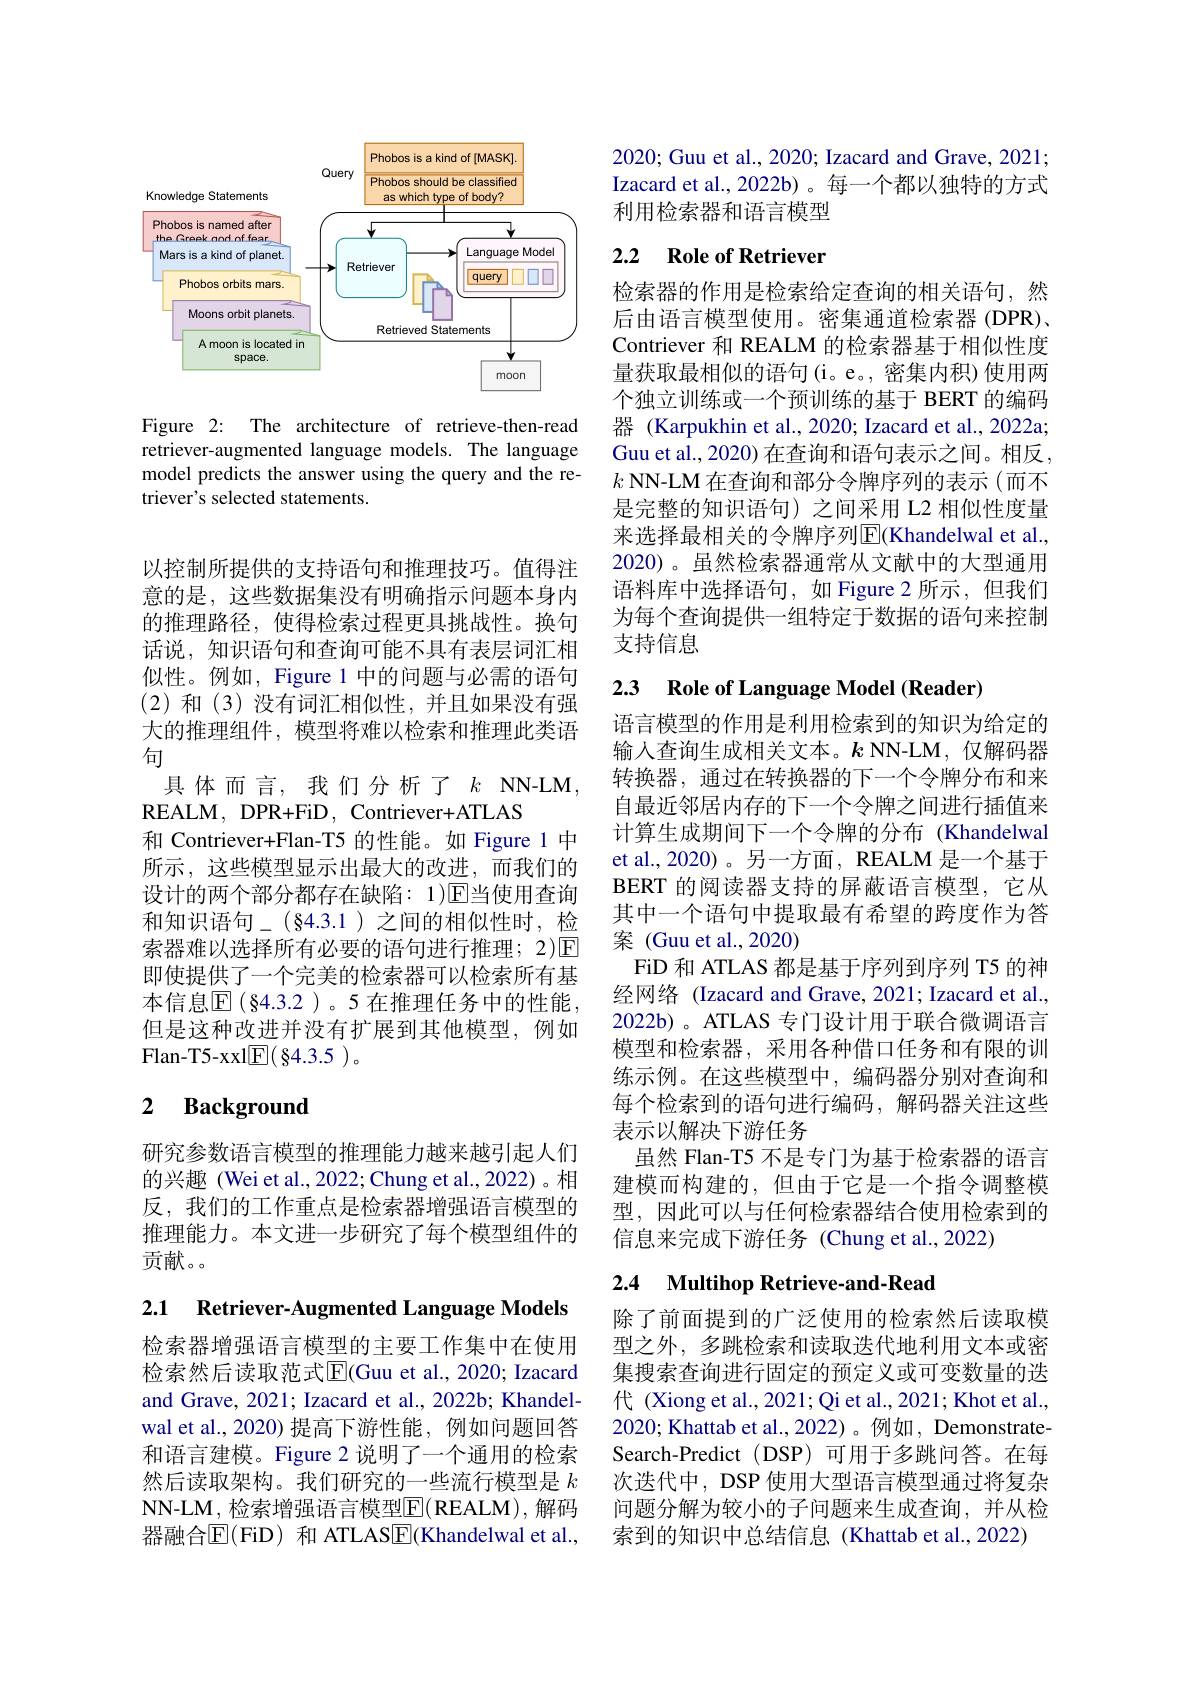
<FigureHere>

Figure 2: The architecture of retrieve-then-read retriever-augmented language models. The language model predicts the answer using the query and the retriever's selected statements

以控制所提供的支持语句和推理技巧。值得注意的是，这些数据集没有明确指示问题本身内的推理路径，使得检索过程更具挑战性。换句话说，知识语句和查询可能不具有表层词汇相似性。例如，Figure 1 中的问题与必需的语句(2)和(3)没有词汇相似性，并且如果没有强大的推理组件，模型将难以检索和推理此类语句
具体而言，我们分析了$k$NN-LM,
REALM, DPR+ FiD, Contriever+ ATLAS
和 Contriever+Flan-T5 的性能。如 Figure 1 中所示，这些模型显示出最大的改进，而我们的设计的两个部分都存在缺陷：1)$\mathbb{E}$当使用查询$和知识语句_{-}(§4.3.1)之间的相似性时，检$ 索器难以选择所有必要的语句进行推理；2)$\mathbb{E}$ 即使提供了一个完美的检索器可以检索所有基本信息$\overline{\mathrm{E}}(84.3.2)。5$在推理任务中的性能但是这种改进并没有扩展到其他模型，例如Flan- T5- xxl$\underline {{\mathrm{E} }}( \S 4. 3. 5) $。

## 2 Background

研究参数语言模型的推理能力越来越引起人们的兴趣(Wei et al., 2022; Chung et al., 2022)。相反，我们的工作重点是检索器增强语言模型的推理能力。本文进一步研究了每个模型组件的贡献。。

2.1 Retriever-Augmented Language Models

检索器增强语言模型的主要工作集中在使用检索然后读取范式$\overline{\mathrm{E}}$(Guu et al., 2020; Izacard and Grave, 2021; Izacard et al., 2022b; Khandelwal et al., 2020) 提高下游性能，例如问题回答和语言建模。Figure 2 说明了一个通用的检索然后读取架构。我们研究的一些流行模型是$k$ $\mathbf{NN-LM}$,检索增强语言模型$\overline{\mathrm{E}}($REALM),解码器融合$\operatorname{E}(\operatorname{FiD})$ 和 ATLAS$\boxed{\mathrm{F}}(\operatorname{Khandelwal~et~al.,}$

2020; Guu et al., 2020; Izacard and Grave, 2021; Izacard et al.,2022b)。每一个都以独特的方式利用检索器和语言模型

## 2.2 Role of Retriever

检索器的作用是检索给定查询的相关语句，然后由语言模型使用。密集通道检索器 (DPR)、 Contriever 和 REALM 的检索器基于相似性度量获取最相似的语句(i。e。,密集内积)使用两个独立训练或一个预训练的基于 BERT 的编码器 (Karpukhin et al., 2020; Izacard et al., 2022a; Guu et al., 2020) 在查询和语句表示之间。相反， $k$ NN-LM 在查询和部分令牌序列的表示(而不是完整的知识语句)之间采用 L2 相似性度量来选择最相关的令牌序列$\overline{\mathrm{E}}$(Khandelwal et al. 2020)。虽然检索器通常从文献中的大型通用语料库中选择语句，如 Figure 2 所示，但我们为每个查询提供一组特定于数据的语句来控制支持信息

# 2.3 Role of Language Model (Reader)

语言模型的作用是利用检索到的知识为给定的输入查询生成相关文本。$k$ NN-LM,仅解码器转换器，通过在转换器的下一个令牌分布和来自最近邻居内存的下一个令牌之间进行插值来计算生成期间下一个令牌的分布(Khandelwal et al., 2020)。另一方面，REALM 是一个基于BERT 的阅读器支持的屏蔽语言模型，它从其中一个语句中提取最有希望的跨度作为答案 (Guu et al.,2020)
FiD 和 ATLAS 都是基于序列到序列 T5 的神经网络 (Izacard and Grave, 2021; Izacard et al., 2022b) 。ATLAS 专门设计用于联合微调语言模型和检索器，采用各种借口任务和有限的训练示例。在这些模型中，编码器分别对查询和每个检索到的语句进行编码，解码器关注这些表示以解决下游任务
虽然 Flan-T5 不是专门为基于检索器的语言建模而构建的，但由于它是一个指令调整模型，因此可以与任何检索器结合使用检索到的信息来完成下游任务(Chung et al.,2022)

## 2.4 Multihop Retrieve-and-Read

除了前面提到的广泛使用的检索然后读取模型之外，多跳检索和读取迭代地利用文本或密集搜索查询进行固定的预定义或可变数量的迭代 (Xiong et al., 2021; Qi et al., 2021; Khot et al. 2020; Khattab et al.,2022)。例如，DemonstrateSearch-Predict (DSP) 可用于多跳问答。在每次迭代中，DSP 使用大型语言模型通过将复杂问题分解为较小的子问题来生成查询，并从检索到的知识中总结信息 (Khattab et al.,2022)